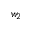
w _ { 2 }